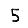
Digit: 5